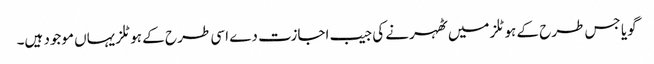
گویا جس طرح کے ہوٹلز میں ٹھہرنے کی جیب اجازت دے اسی طر ح کے ہوٹلز یہاں موجود ہیں۔